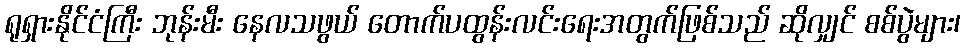
ရုရှားနိုင်ငံကြီး ဘုန်းမီး နေလသဖွယ် တောက်ပထွန်းလင်းရေးအတွက်ဖြစ်သည် ဆိုလျှင် စစ်ပွဲများ၊